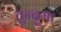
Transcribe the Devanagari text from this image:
तुन्दुमा